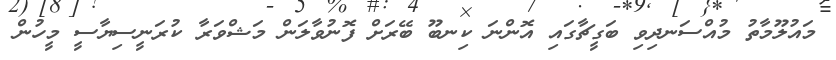
މައުލޫމާތު މުއްސަނދިވި ބަގީޗާގައި އޮންނަ ކިނބޫ ބޭރަށް ފޮނުވާލަން މަޝްވަރާ ކުރަނީސިޔާސީ މީހުން